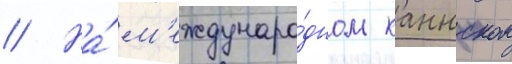
// На́ м'еждунаро́дном каннском